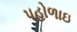
પહોળાઇ